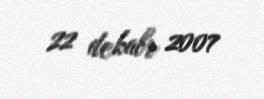
22 dekabr 2007